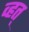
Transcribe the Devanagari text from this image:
व्हत्